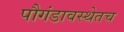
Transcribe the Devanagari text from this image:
पौगंडावस्थेतच